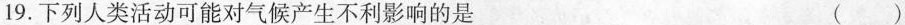
19.下列人类活动可能对气候产生不利影响的是 ()